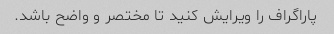
پاراگراف را ویرایش کنید تا مختصر و واضح باشد.